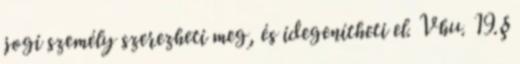
jogi személy szerezheti meg, és idegenítheti el. Vhu. 19.§